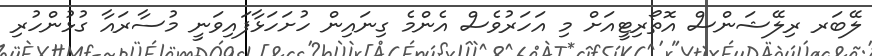
ލޭބަރ ރިލޭޝަންސް އޮތޯރިޓީއަށް މި އަހަރުވެސް އެންމެ ގިނައިން ހުށަހަޅާފައިވަނީ މުސާރައާ ގުޅުންހުރި